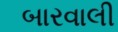
બારવાલી